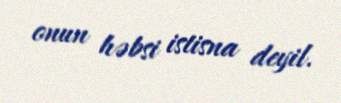
onun həbsi istisna deyil.